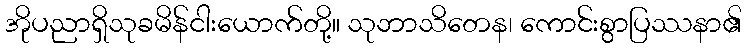
အိုပညာရှိသုခမိန်ငါးယောက်တို့။ သုဘာသိတေန၊ ကောင်းစွာပြဿနာ၏